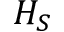
H _ { S }